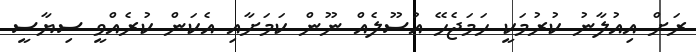
ރަށް އިއުލާނު ކުރުމަކީ ހަމަޖެހޭ އުސޫލެއް ނޫން ކަމަށާއި އެކަން ކުރެއްވީ ސިޔާސީ